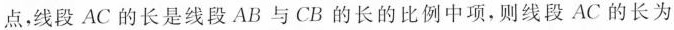
点，线段AC的长是线段AB与CB的长的比例中项，则线段AC的长为